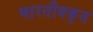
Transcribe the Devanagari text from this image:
भारतीयकृत